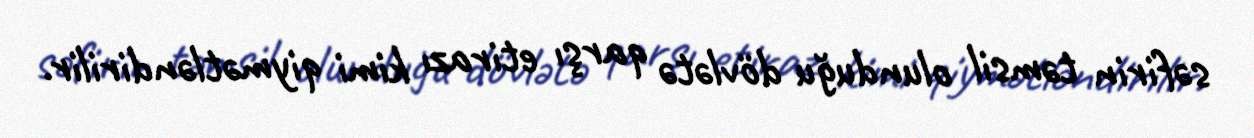
səfirin təmsil olunduğu dövlətə qarşı etirazı kimi qiymətləndirilir.